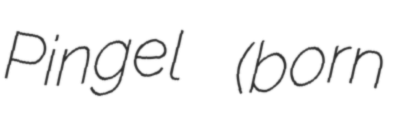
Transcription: Pingel (born